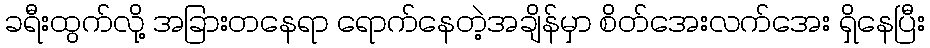
ခရီးထွက်လို့ အခြားတနေရာ ရောက်နေတဲ့အချိန်မှာ စိတ်အေးလက်အေး ရှိနေပြီး